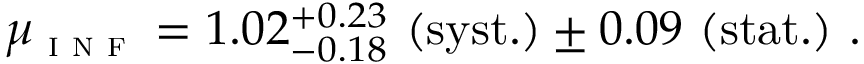
\mu _ { \textsc { i n f } } = 1 . 0 2 _ { - 0 . 1 8 } ^ { + 0 . 2 3 } ~ \mathrm { ( s y s t . ) } \pm 0 . 0 9 ~ \mathrm { ( s t a t . ) } ~ .